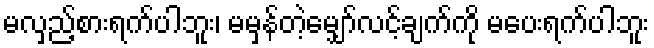
မလှည့်စားရက်ပါဘူး၊ မမှန်တဲ့မျှော်လင့်ချက်ကို မပေးရက်ပါဘူး